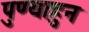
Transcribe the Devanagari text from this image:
पुण्याहुन